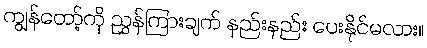
ကျွန်တော့်ကို ညွှန်ကြားချက် နည်းနည်း ပေးနိုင်မလား။